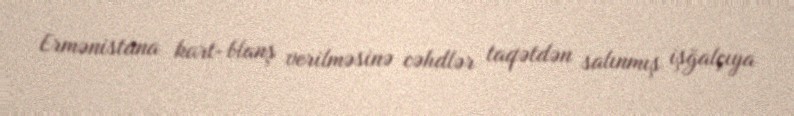
Ermənistana kart-blanş verilməsinə cəhdlər taqətdən salınmış işğalçıya